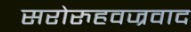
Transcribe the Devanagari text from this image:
सरोरुहवज्रवाद